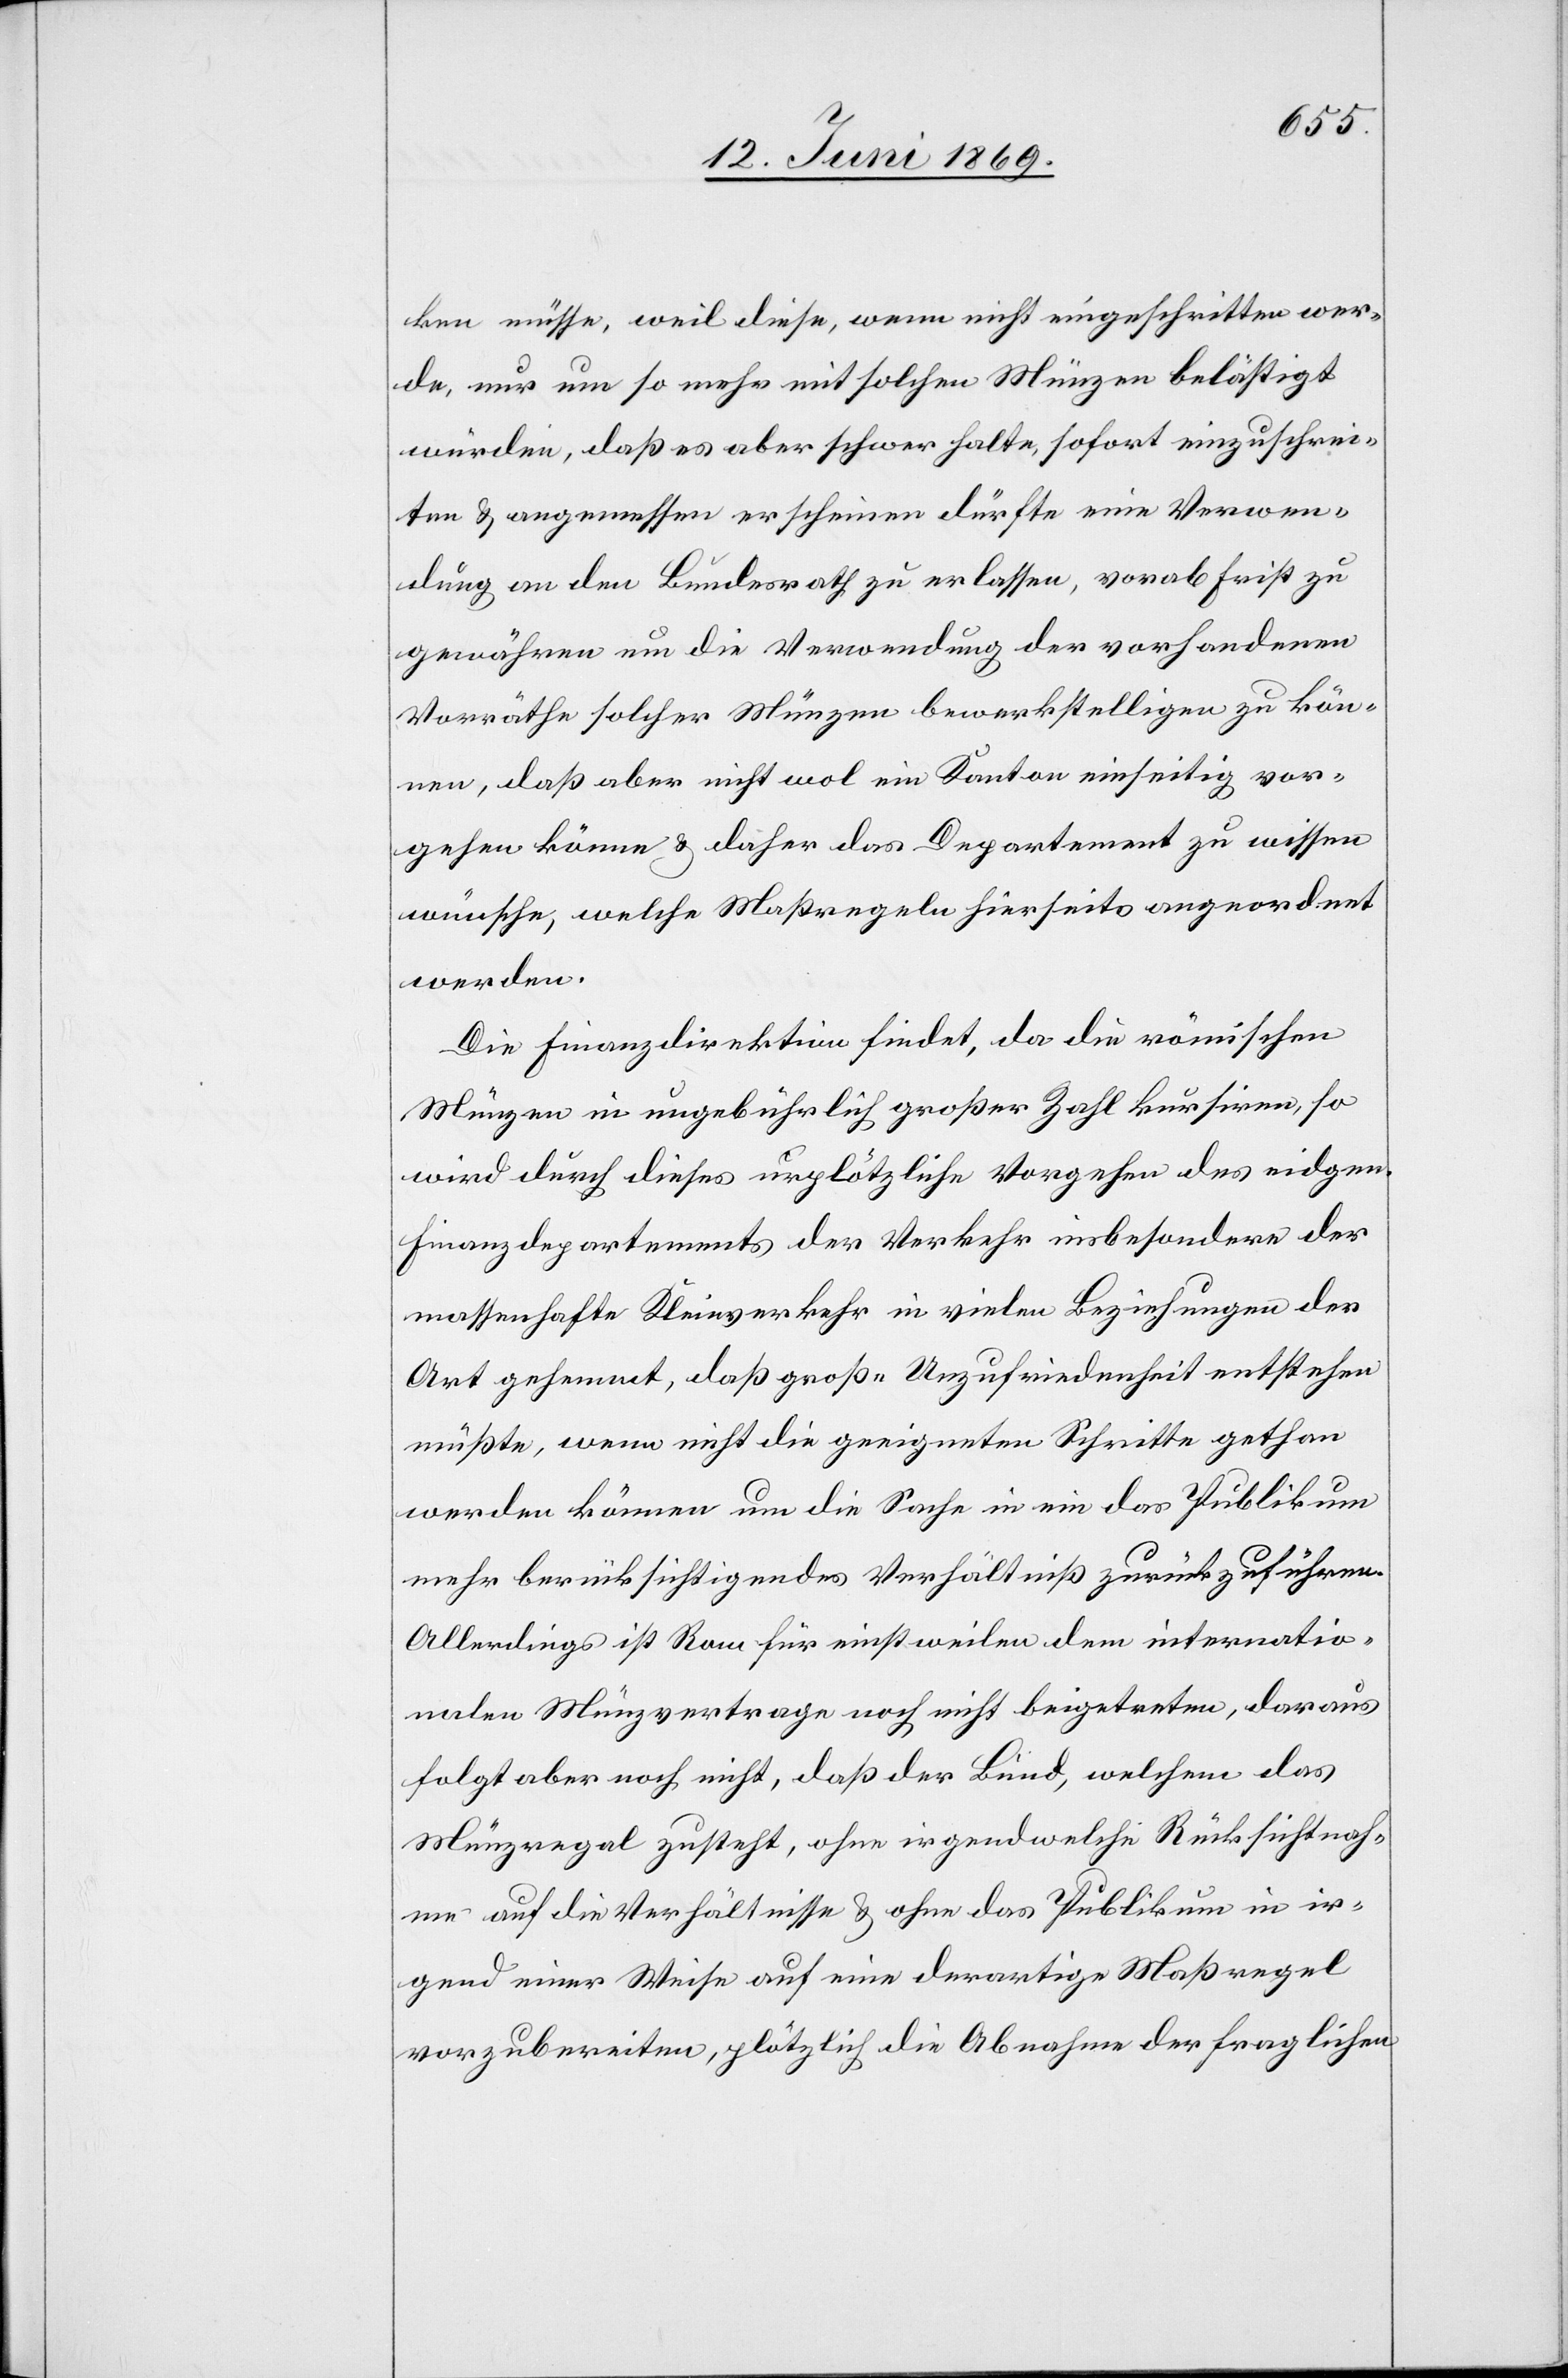
ken müsse, weil diese, wenn nicht eingeschritten wer¬
de, nur um so mehr mit solchen Münzen belästigt
würden, daß es aber schwer halte, sofort einzuschrei¬
ten u. angemessen erscheinen dürfte eine Verwen¬
dung an den Bundesrath zu erlassen, vorab Frist zu
gewähren um die Verwendung der vorhandenen
Vorräthe solcher Münzen bewerkstelligen zu kön¬
nen, daß aber nicht wol ein Kanton einseitig vor¬
gehen könne u. daher das Departement zu wissen
wünsche, welche Maßregeln hierseits angeordnet
werden.
Die Finanzdirektion findet, da die römischen
Münzen in ungebührlich großer Zahl kursiren, so
wird durch dieses urplötzliche Vorgehen des eidgen.
Finanzdepartements der Verkehr insbesondere der
massenhafte Kleinverkehr in vielen Beziehungen der
Art gehemmt, daß große Unzufriedenheit entstehen
müßte, wenn nicht die geeigneten Schritte gethan
werden können um die Sache in ein das Publikum
mehr berücksichtigendes Verhältniß zurückzuführen.
Allerdings ist Rom für einstweilen dem internatio¬
nalen Münzvertrage noch nicht beigetreten, daraus
folgt aber noch nicht, daß der Bund, welchem das
Münzregal zusteht, ohne irgendwelche Rücksichtnah¬
me auf die Verhältnisse u. ohne das Publikum in ir¬
gend einer Weise auf eine derartige Maßregel
vorzubereiten, plötzlich die Abnahme der fraglichen